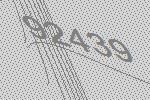
92439